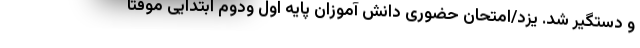
و دستگیر شد. یزد/امتحان حضوری دانش آموزان پایه اول ودوم ابتدایی موقتا